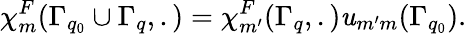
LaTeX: \chi_{m}^{F}(\Gamma_{q_{0}}\cup\Gamma_{q},.)=\chi_{m^{\prime}}^{F}(\Gamma_{q},.)\mathit{u}_{m^{\prime}m}(\Gamma_{q_{0}}).